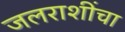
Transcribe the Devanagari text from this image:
जलराशींचा